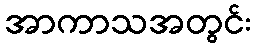
အာကာသအတွင်း